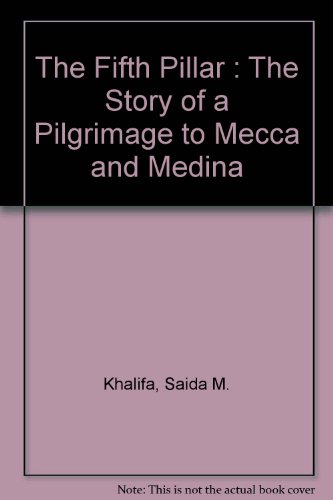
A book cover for The Fifth Pillar : The Story of a Pilgrimage to Mecca and Medina; Saida M. Khalifa; Religion & Spirituality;